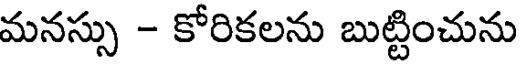
మనస్సు - కోరికలను బుట్టించును